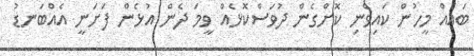
ބައެއް މީހުން ކައިވެނި ކޮށްގެން ދުވަސްކޮޅެއް ވީމަ ދެން އުޅެން ފަށަނީ އެއްބަނޑު